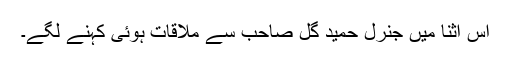
اس اثنا میں جنرل حمید گل صاحب سے ملاقات ہوئی کہنے لگے۔